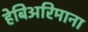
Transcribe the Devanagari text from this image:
हेबिअरिमाना